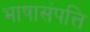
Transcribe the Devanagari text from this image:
भाषासंपत्ति